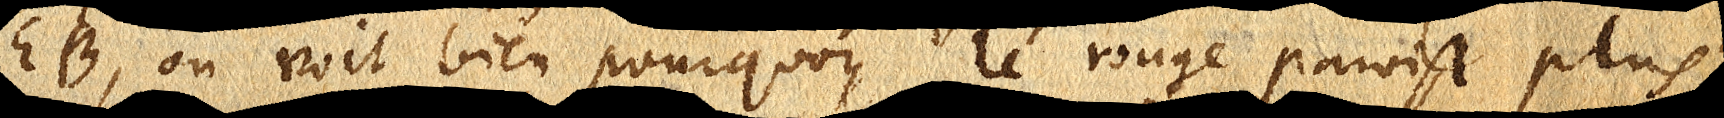
EB, on voit bien pourquoy. Le rouge paroist plus